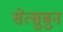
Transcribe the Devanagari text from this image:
सेत्सुबुन